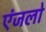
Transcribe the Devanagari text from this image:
एंजलो